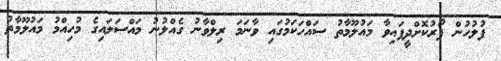
ފުލުހުން ފޯރުކޮށްދީފައިވާ މައުލޫމާތު ސައްހަކަމުގައި ވާނަމަ ރިލްވާނު ގެއްލުނު މައްސަލައިގެ މުހިއްމު މައުލޫމާތު